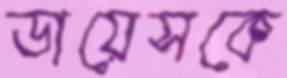
ডায়েসকে